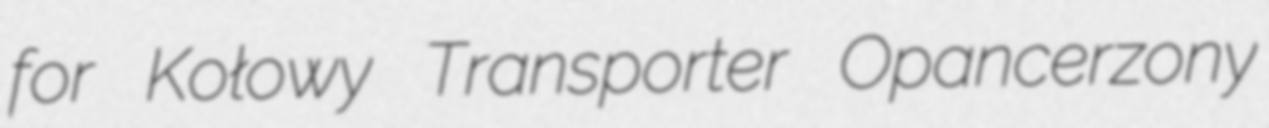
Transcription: for Kołowy Transporter Opancerzony